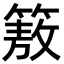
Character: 𮅻